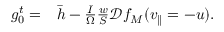
\begin{array} { r l } { g _ { 0 } ^ { t } = } & { { } \bar { h } - \frac { I } { \Omega } \frac { w } { S } \mathcal { D } f _ { M } ( v _ { \parallel } = - u ) . } \end{array}